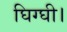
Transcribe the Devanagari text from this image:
घिग्घी।